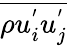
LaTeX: \overline{{\rho u_{i}^{'}u_{j}^{'}}}